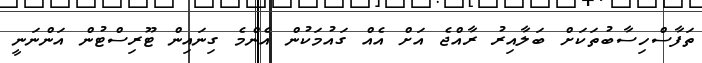
ތަފާސްހިސާބުތަކަށް ބަލާއިރު ރާއްޖެ އަށް އެއް ގައުމަކުން އެންމެ ގިނައިން ޓޫރިސްޓުން އަންނަނީ